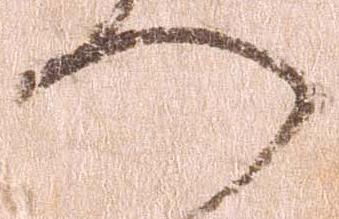
へ